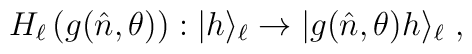
H_\ell\left(g(\hat n,\theta)\right):|h\rangle_\ell\to |g(\hat n,\theta)h\rangle_\ell~,